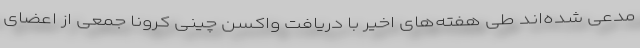
مدعی شده‌اند طی هفته‌های اخیر با دریافت واکسن چینی کرونا جمعی از اعضای